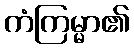
ကံကြမ္မာ၏